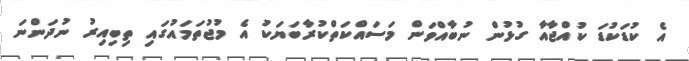
އެ ކުޑަކުޑަ ކުއްޖާއާ ގުޅުން ނުބާއްވަން މަސައްކަތްކުރާބަޔަކު އެ މުޖުތަމައުގައި ތިބިއިރު ނުދަންނަ